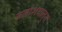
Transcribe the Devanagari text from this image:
जलाशयातुन